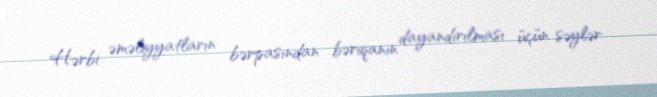
Hərbi əməliyyatların bərpasından bəriqanın dayandırılması üçün səylər